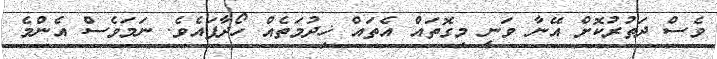
ވެސް ދަތުރުކޮށް އޭނާ ވަނީ މިގޮތައް އެތައް ޚިދުމަތެއް ހޯދާފައެވެ. ނަމަވެސް އެންމެ